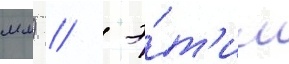
мм) /  э́т'им